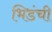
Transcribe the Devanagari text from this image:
भिडंची